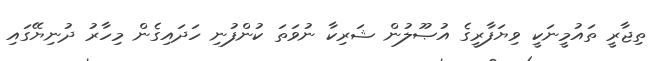
ތިޖާރީ ތައުމީނަކީ ވިޔަފާރީގެ އުޞޫލުން ޝަރިކާ ނުވަތަ ކުންފުނި ހަދައިގެން މިހާރު ދުނިޔޭގައި